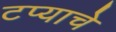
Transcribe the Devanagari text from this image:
टप्याचे